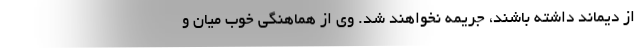
از دیماند داشته باشند، جریمه نخواهند شد. وی از هماهنگی خوب میان و